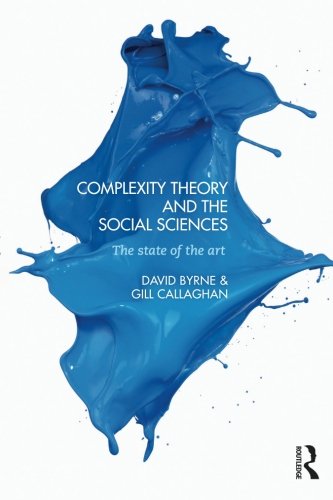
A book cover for Complexity Theory and the Social Sciences: The state of the art; David Byrne; Politics & Social Sciences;